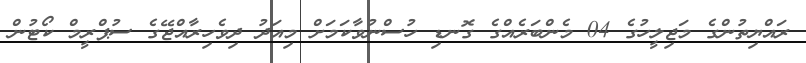
ރައްޔިތުންގެ މަޖިލީހުގެ 04 މެންބަރެއްގެ ގޮނޑި ހުސްނުވާކަމަށް މިއަދު ދިވެހިރާއްޖޭގެ ސުޕްރީމް ކޯޓުން